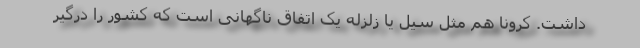
داشت. کرونا هم مثل سیل یا زلزله یک اتفاق ناگهانی است که کشور را درگیر